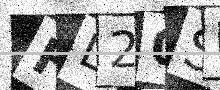
Text: FL20SB